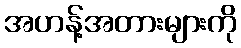
အဟန့်အတားများကို